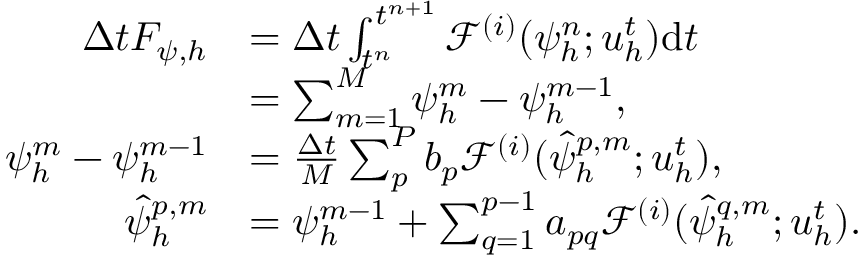
\begin{array} { r l } { \Delta t F _ { \psi , h } } & { = \Delta t \int _ { t ^ { n } } ^ { t ^ { n + 1 } } \mathcal { F } ^ { ( i ) } ( \psi _ { h } ^ { n } ; \boldsymbol { u } _ { h } ^ { t } ) \mathrm { d } t } \\ & { = \sum _ { m = 1 } ^ { M } \psi _ { h } ^ { m } - \psi _ { h } ^ { m - 1 } , } \\ { \psi _ { h } ^ { m } - \psi _ { h } ^ { m - 1 } } & { = \frac { \Delta t } { M } \sum _ { p } ^ { P } b _ { p } \mathcal { F } ^ { ( i ) } ( \hat { \psi } _ { h } ^ { p , m } ; \boldsymbol { u } _ { h } ^ { t } ) , } \\ { \hat { \psi } _ { h } ^ { p , m } } & { = \psi _ { h } ^ { m - 1 } + \sum _ { q = 1 } ^ { p - 1 } a _ { p q } \mathcal { F } ^ { ( i ) } ( \hat { \psi } _ { h } ^ { q , m } ; \boldsymbol { u } _ { h } ^ { t } ) . } \end{array}